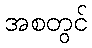
အစတွင်